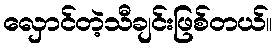
လှောင်တဲ့သီချင်းဖြစ်တယ်။